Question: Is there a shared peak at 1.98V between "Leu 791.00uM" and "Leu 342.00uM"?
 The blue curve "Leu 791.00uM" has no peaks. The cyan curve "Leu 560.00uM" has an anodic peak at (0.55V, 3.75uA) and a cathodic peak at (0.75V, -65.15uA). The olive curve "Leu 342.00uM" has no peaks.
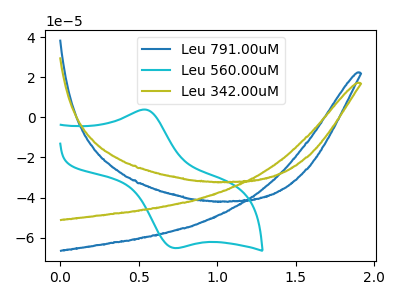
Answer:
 <answer>No, "Leu 791.00uM" and "Leu 342.00uM" dont share a peak at 1.98V.</answer>
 <eval>mismatch</eval>